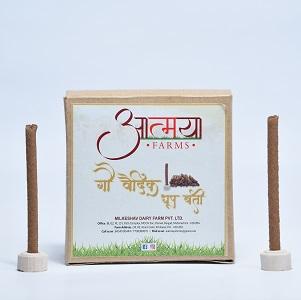
Language: marathi
Transcription: आत्मया वैदिक धूप बती गौ